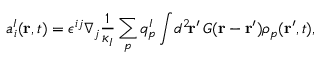
a _ { i } ^ { I } ( { \bf r } , t ) = \epsilon ^ { i j } \nabla _ { j } \frac { 1 } { \kappa _ { I } } \sum _ { p } q _ { p } ^ { I } \int \! d ^ { 2 } \! { \bf r } ^ { \prime } \, G ( { \bf r } - { \bf r } ^ { \prime } ) \rho _ { p } ( { \bf r } ^ { \prime } , t ) ,